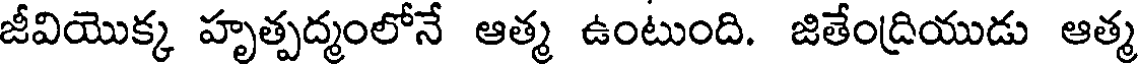
జీవియొక్క హృత్పద్మంలోనే ఆత్మ ఉంటుంది. జితేంద్రియుడు ఆత్మ